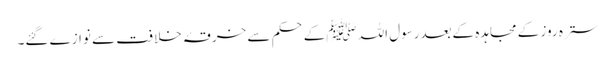
سترہ روز کے مجاہدہ کےبعدرسول اللہ ﷺکےحکم سے خرقۂ خلافت سے نوازے گئے۔